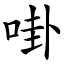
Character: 啩